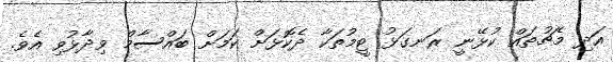
އަދި މެޗުތައް ކުޅޭނީ ރަނގަޅު ޓީމުތަކާ ދެކޮޅަށް ކަމަށް ބައްސާމް ވިދާޅުވި އެވެ.